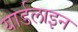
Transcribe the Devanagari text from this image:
यार्डलाइन